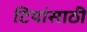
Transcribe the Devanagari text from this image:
टिपांसाठी